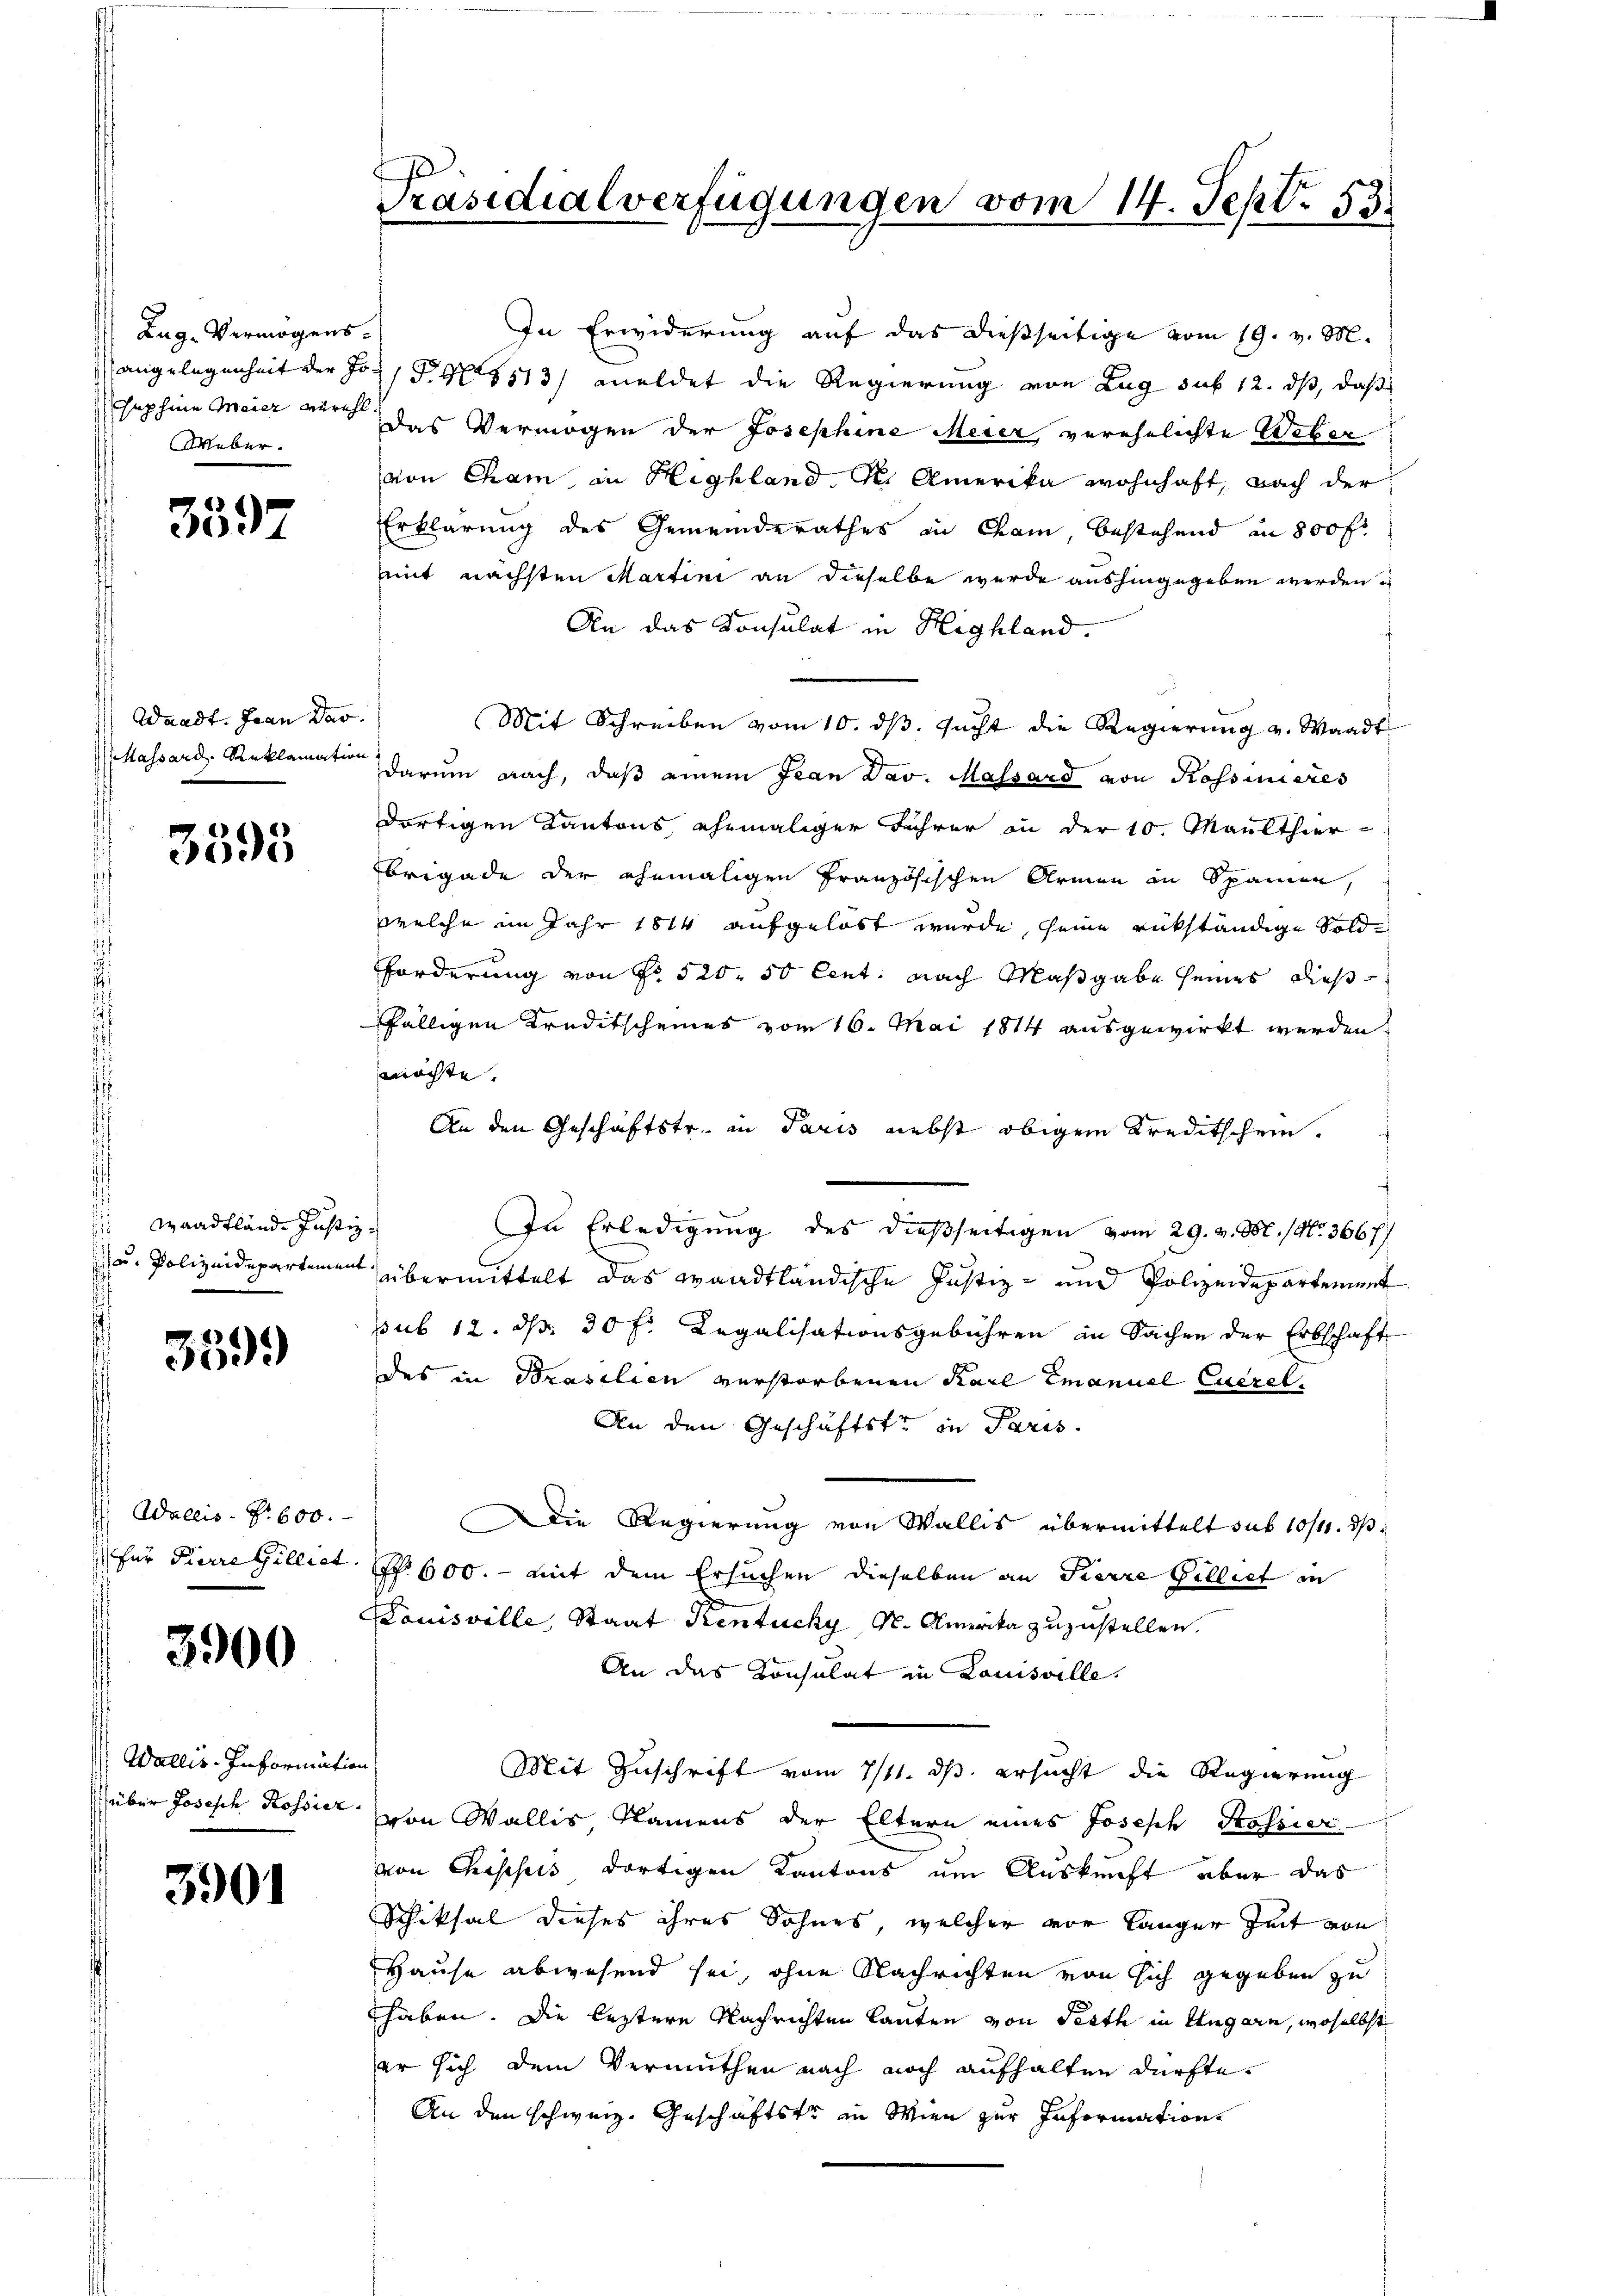
Zug. Vermögensangelegenheit der Joephine Meier verehl
Weber.

3597

Waadt. Jean Dar
Massard, Reklamation

3395

Waadtlände Justiz:
a- Polizeidepartement.

359.

Aallis. S. 600.
für Pierre Gilliet

3900

Wallis-Information
über Joseph Rossier.

3901

Präsidialverfügungen vom 14. Sept. 83.

In Erwiderung auf das dießseitige vom 19. v. M.
PR 1113/ meldet die Regierung von Zug sub 12. ds, daß
Das Vermögen der Josephine Meier verehelichte Weber
von Cham in Highland. M. Amerika wohnhaft, nach der
Erklärung des Gemeinderathes in Cham, bestehend in 800 fr
mit nächsten Martini an dieselbe wurde aushingegeben werden
An das Konsulat in Highland.
Mit Schreiben vom 10. ds. sucht die Regierung v. Waadt
darum nach, daß einem Jean Dav. Massard von Rossinieres
dortigen Kantons, ehemaliger Führer in der 10. Maulthier
brigade der ehemaligen Französischen Armen in Spannen,
welche im Jahr 1814 aufgelöst wurde, seine rückständige Gelde
Forderung von No 520. 50 Cent nach Maßgabe seines dies
fälligen Kreditscheines vom 16. Mai 1814 ausgewirkt werden.
möchte.
An den Geschäftstr. in Paris nebst obigem Kreditschein.
In Erledigung des dießseitigen vom 29. v. M. (Nr. 3667)
übermittelt das waadtländische Justiz- und Polizeidepartement
pub 12. d. 30 f. Legalisationsgebühren in Sachen der Erbschaft
des in Brasilien verstorbenen Karl Emanuel Euerel
An den Geschäftste in Paris.
Die Regierung von Wallis übermittelt sub 10/11. d.
Nr. 600. - mit dem Ersuchen dieselben an Pierre Gilliet in
Louisville, Staat Kentuchy S. Amerika zuzustellen.
An das Consulat in Louisville.
Mit Zuschrift vom 7/11. ds. ersucht die Regierung
von Walles Namens der Eltern eines Joseph Passier
von Chisches dortigen Kantons um Auskunft aber das
Schiksal dieses ihres Sohnes, welcher vor Länger Zeit von
Hause abwesend sei, ohne Nachrichten von sich gegeben zu
haben. Die leztere Nachrichten lauten von Perth in Ungarn, woselbst
er sich dem Vermuthen nach noch aufhalten dürfte.
An den schweiz. Geschäftstr in Wien zur Information